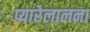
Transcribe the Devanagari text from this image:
प्यारेलालना